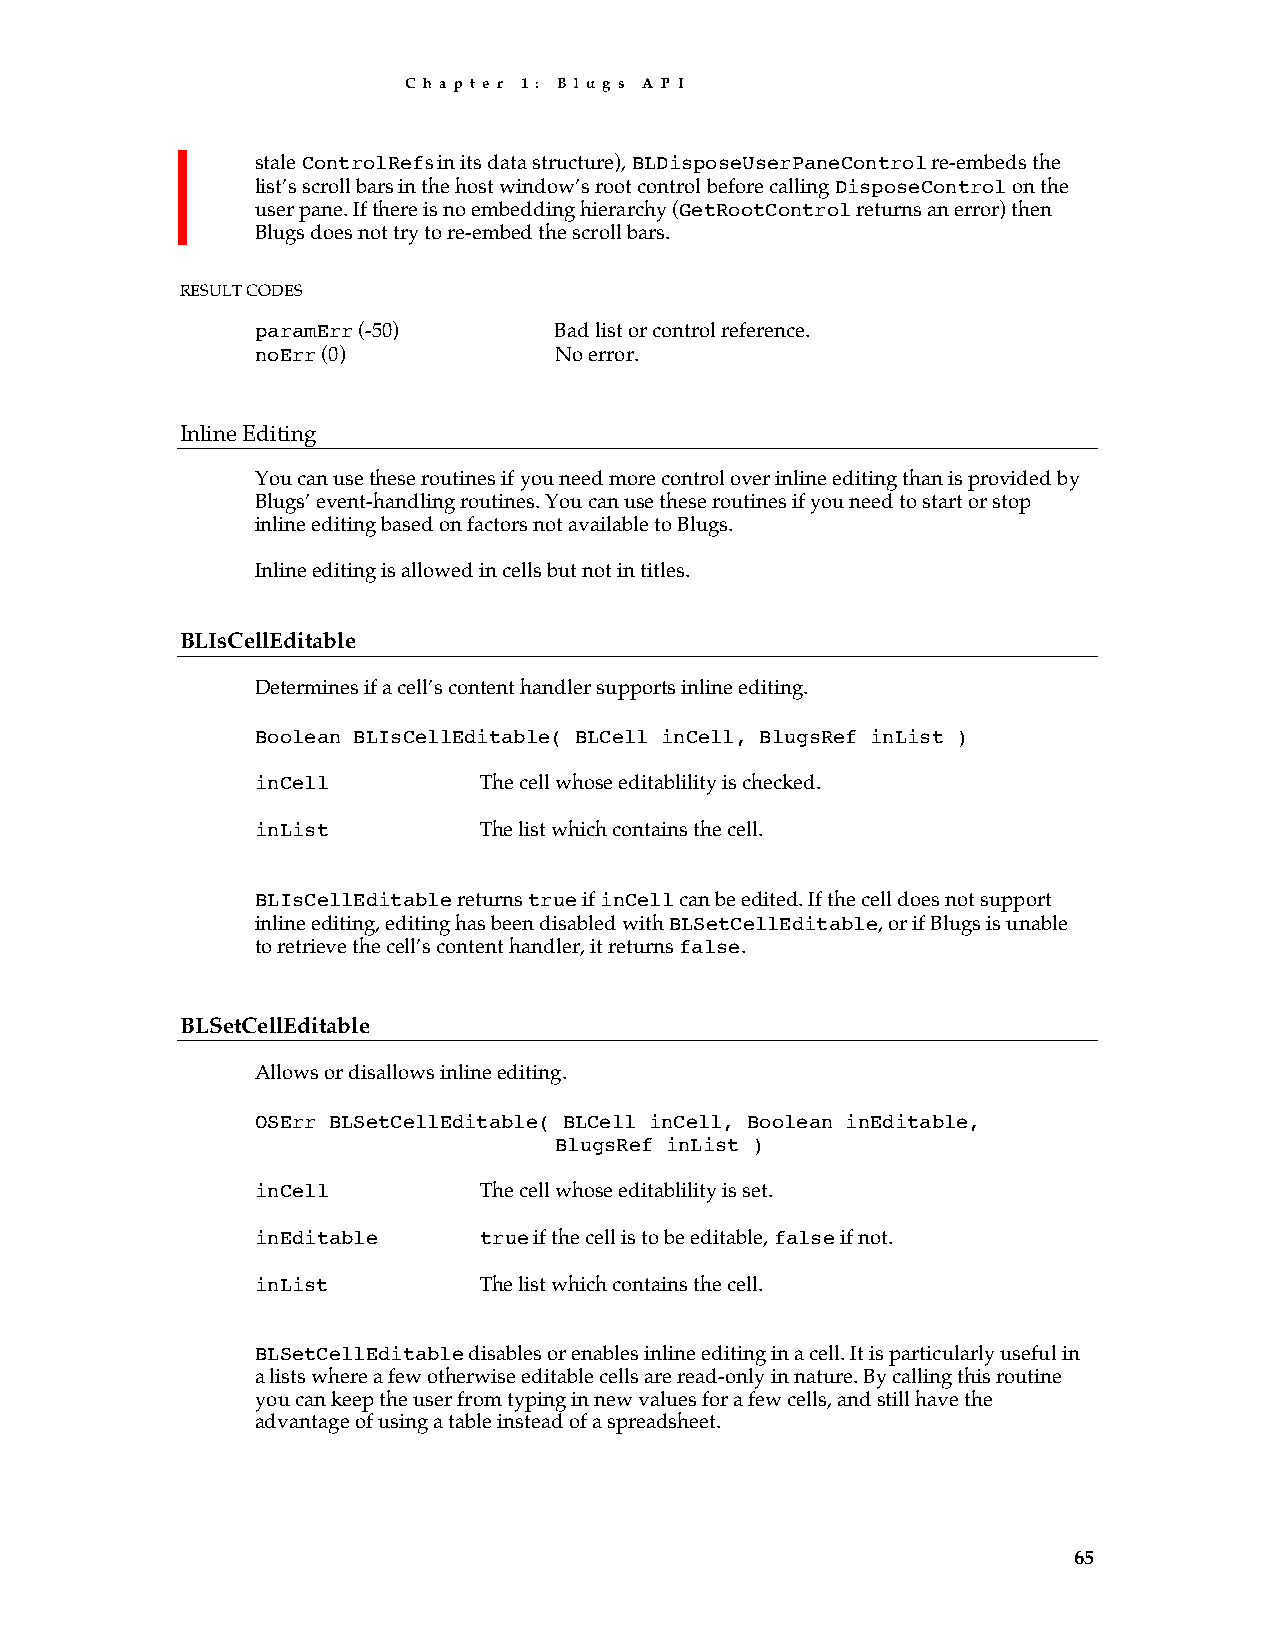
C h a p t e r 1 : B l u g s A P I
 stale ControlRefs in its data structure), BLDisposeUserPaneControl re-embeds the
 list’s scroll bars in the host window’s root control before calling DisposeControl on the
 user pane. If there is no embedding hierarchy (GetRootControl returns an error) then
 Blugs does not try to re-embed the scroll bars.
 RESULT CODES
 paramErr (-50)      Bad list or control reference.
 noErr (0)           No error.
 Inline Editing
 You can use these routines if you need more control over inline editing than is provided by
 Blugs’ event-handling routines. You can use these routines if you need to start or stop
 inline editing based on factors not available to Blugs.
 Inline editing is allowed in cells but not in titles.
 BLIsCellEditable
 Determines if a cell’s content handler supports inline editing.
 Boolean BLIsCellEditable( BLCell inCell, BlugsRef inList )
 inCell         The cell whose editablility is checked.
 inList         The list which contains the cell.
 BLIsCellEditable returns true if inCell can be edited. If the cell does not support
 inline editing, editing has been disabled with BLSetCellEditable, or if Blugs is unable
 to retrieve the cell’s content handler, it returns false.
 BLSetCellEditable
 Allows or disallows inline editing.
 OSErr BLSetCellEditable( BLCell inCell, Boolean inEditable,
 BlugsRef inList )
 inCell         The cell whose editablility is set.
 inEditable     true if the cell is to be editable, false if not.
 inList         The list which contains the cell.
 BLSetCellEditable disables or enables inline editing in a cell. It is particularly useful in
 a lists where a few otherwise editable cells are read-only in nature. By calling this routine
 you can keep the user from typing in new values for a few cells, and still have the
 advantage of using a table instead of a spreadsheet.
 65